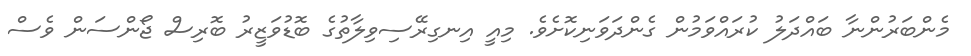
މެންބަރުންނާ ބައްދަލު ކުރައްވަމުން ގެންދަވަނިކޮށެވެ. މިއީ އިނގިރޭސިވިލާތުގެ ބޮޑުވަޒީރު ބޮރިސް ޖޯންސަން ވެސް